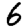
Digit: 6